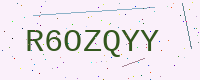
Text: R6OZQYY